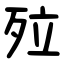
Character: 㱞